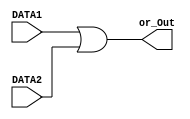
/*
 *	
 *	Task 1 - ALU
 *	
 */

// There are four modules for operations which are OR, AND, ADD and FORWARD.
// input and output are 8-bits

// bitwise or operation
module OR(or_Out,DATA1,DATA2);

        //port declaration
        input [7:0] DATA1,DATA2;
        output [7:0] or_Out;

        assign #1 or_Out = DATA1 | DATA2;	// 1 unit delay in the continuous assignment

endmodule

// bitwise and operation
module AND(and_Out,DATA1,DATA2);
	
	//port declaration
        input [7:0] DATA1,DATA2;
        output [7:0] and_Out;
	
        assign #1 and_Out = DATA1 & DATA2;	// 1 unit delay in the continuous assignment

endmodule



// add operation
module ADD(add_Out,DATA1,DATA2);
	
	//port declaration
        input [7:0] DATA1,DATA2;
        output [7:0] add_Out;
	
	assign #2 add_Out = DATA1 + DATA2;	// 2 unit delay in the continuous assignment

endmodule

// foward operation
module FORWARD(fwd_Out, DATA2);
	
	//port declaration
	input [7:0] DATA2;
	output [7:0] fwd_Out;
		
	assign #1 fwd_Out = DATA2;		// 1 unit delay in the continuous assignment
	
endmodule

// alu module 
// input data and output are 8-bits and select port is 3-bits
module alu(RESULT,ZERO,DATA1,DATA2,SELECT);

	//port declaration
	input [7:0] DATA1,DATA2;				// input data
	input [2:0] SELECT;					// select is which operation must do.
	output reg[7:0] RESULT;					// final ALU output
	output ZERO; 						// ZERO output
	wire[7:0] fwd_Out, add_Out, and_Out, or_Out 	;	// to get the output of operation modules
	
	// use above operation modules. 
	// DATA1, DATA2 are inputs. fwd_Out, add_Out, and_Out and or_Out are output.
	FORWARD fOp(fwd_Out, DATA2);
	ADD addOp(add_Out,DATA1,DATA2);
	AND andOp(and_Out,DATA1,DATA2);
	OR orOp(or_Out,DATA1,DATA2);


	assign ZERO = ~(RESULT[0]|RESULT[1]|RESULT[2]|RESULT[3]|RESULT[4]|RESULT[5]|RESULT[6]|RESULT[7]);


	always @(*) begin				// build the sensitivity list 
	
	case(SELECT) 					// switch case and all cases are in binary form

	'b000: 
		RESULT =  fwd_Out ;			// this is for forward operation
		
	
	'b001:
		RESULT = add_Out ;			// this is for add operation

	'b010:
		
		RESULT =  and_Out ;			// this is for bitwise and operation
	
	'b011:
		
		RESULT = or_Out ;			// this is for bitwise or operation

	default:

		RESULT = 'b00000000;			// defualt result = 0 
		
	endcase
	end
	
endmodule